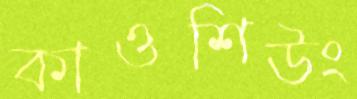
কাওশিউং